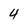
Character: 4